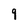
Character: 9